Scientific memoirs by medical officers of the Army of India - Part X,
Year: 1897
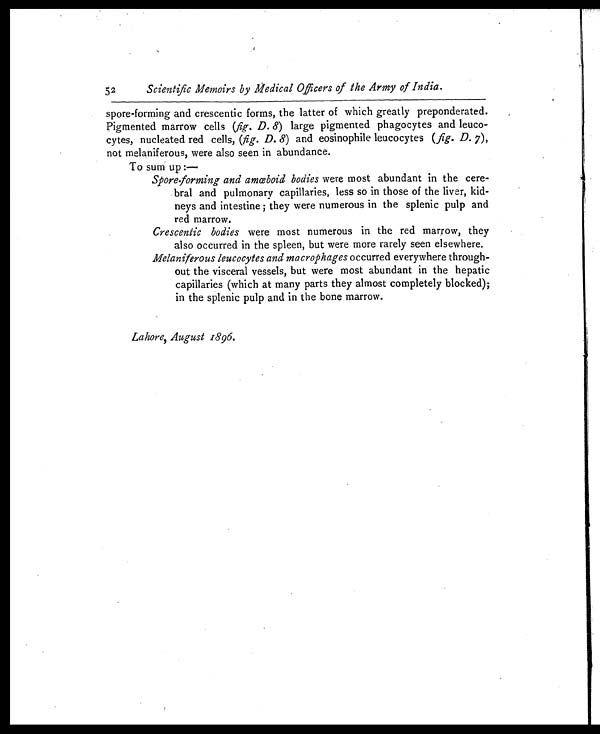
52
Scientific Memoirs by Medical Officers of the Army of India.
spore-forming and crescentic forms, the latter of which greatly preponderated.
Pigmented marrow cells ( fig. D. 8 ) large pigmented phagocytes and leuco-
cytes, nucleated red cells, ( fig. D. 8) and eosinophile leucocytes ( fig. D. 7),
not melaniferous, were also seen in abundance.
To sum up :—
S p o r e - f o r m i n g a n d a m œ b o i d b o d i e swere most abundant in the cere-
bral and pulmonary capillaries, less so in those of the liver, kid-
neys and intestine ; they were numerous in the splenic pulp and
red marrow.
Crescentic bodies were most numerous in the red marrow, they
also occurred in the spleen, but were more rarely seen elsewhere.
Melaniferous leucocytes and macrophages occurred everywhere through-
out the visceral vessels, but were most abundant in the hepatic
capillaries (which at many parts they almost completely blocked);
in the splenic pulp and in the bone marrow.
Lahore, August 1896.